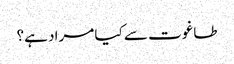
طاغوت سے کیا مراد ہے؟